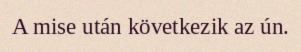
A mise után következik az ún.